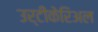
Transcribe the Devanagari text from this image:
उर्टीकेरिअल